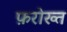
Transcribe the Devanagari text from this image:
फ़रोख्त